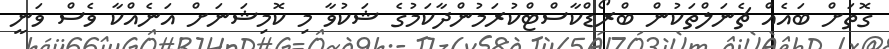
ގޮތަށް ބައެއް ޗެނަލްތަކުން ބްރޯޑްކާސްޓްކުރަމުންދާކަމުގެ ޝަކުވާ މި ކޮމިޝަނަށް އަނެއްކާ ވެސް ވަނީ